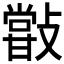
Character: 𣀏